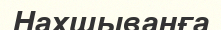
Нахшыванға